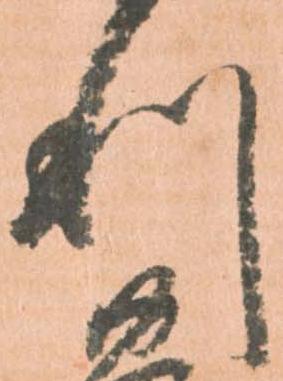
利